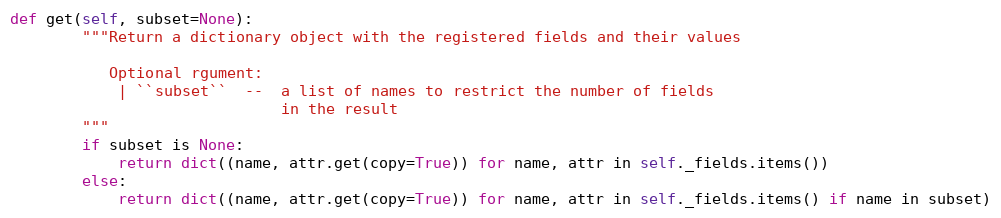
Language: Python
def get(self, subset=None):
        """Return a dictionary object with the registered fields and their values

           Optional rgument:
            | ``subset``  --  a list of names to restrict the number of fields
                              in the result
        """
        if subset is None:
            return dict((name, attr.get(copy=True)) for name, attr in self._fields.items())
        else:
            return dict((name, attr.get(copy=True)) for name, attr in self._fields.items() if name in subset)